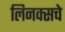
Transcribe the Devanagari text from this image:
लिनक्सचे